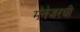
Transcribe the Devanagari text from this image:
मॅनेजरची